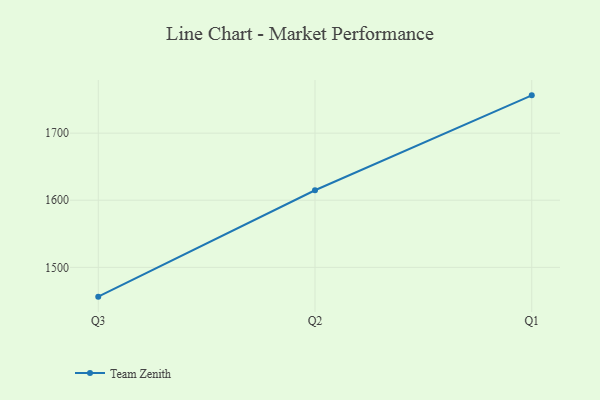
{"axis": {"x": "Quarter", "y": "Population (Million)"}, "legend": ["Team Zenith"], "data": [{"x": "Q3", "y": 1456.3, "type": "Team Zenith"}, {"x": "Q2", "y": 1614.9, "type": "Team Zenith"}, {"x": "Q1", "y": 1756.3, "type": "Team Zenith"}]}